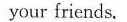
your friends.